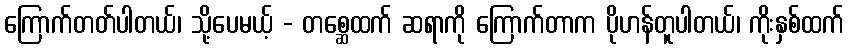
ကြောက်တတ်ပါတယ်၊ သို့ပေမယ့် - တစ္ဆေထက် ဆရာကို ကြောက်တာက ပိုဟန်တူပါတယ်၊ ကိုးနှစ်ထက်